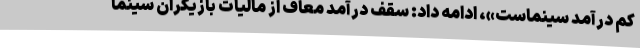
کم درآمد سینماست»، ادامه داد: سقف درآمد معاف از مالیات بازیگران سینما